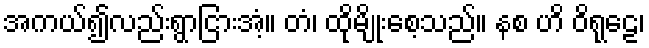
အကယ်၍လည်းရွာငြားအံ့။ တံ၊ ထိုမျိုးစေ့သည်။ နစ ဟိ ဝိရုဠေ၊